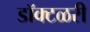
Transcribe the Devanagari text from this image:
डॉक्टळरी